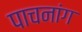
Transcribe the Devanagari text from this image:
पाचनांग